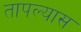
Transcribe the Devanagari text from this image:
तापल्यास